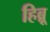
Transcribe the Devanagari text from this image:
हिब्र्रू